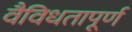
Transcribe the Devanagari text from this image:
वैविधतापूर्ण